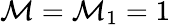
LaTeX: \mathcal{M}=\mathcal{M}_{1}=1